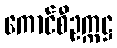
ကောင်စီဥက္ကဋ္ဌ